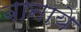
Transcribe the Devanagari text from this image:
बानाये